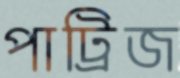
পাট্রিজ